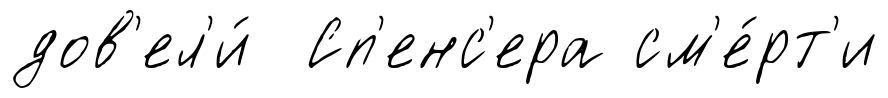
дов'ел'и́ Сп'енс'ера см'е́рт'и